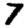
Digit: 7